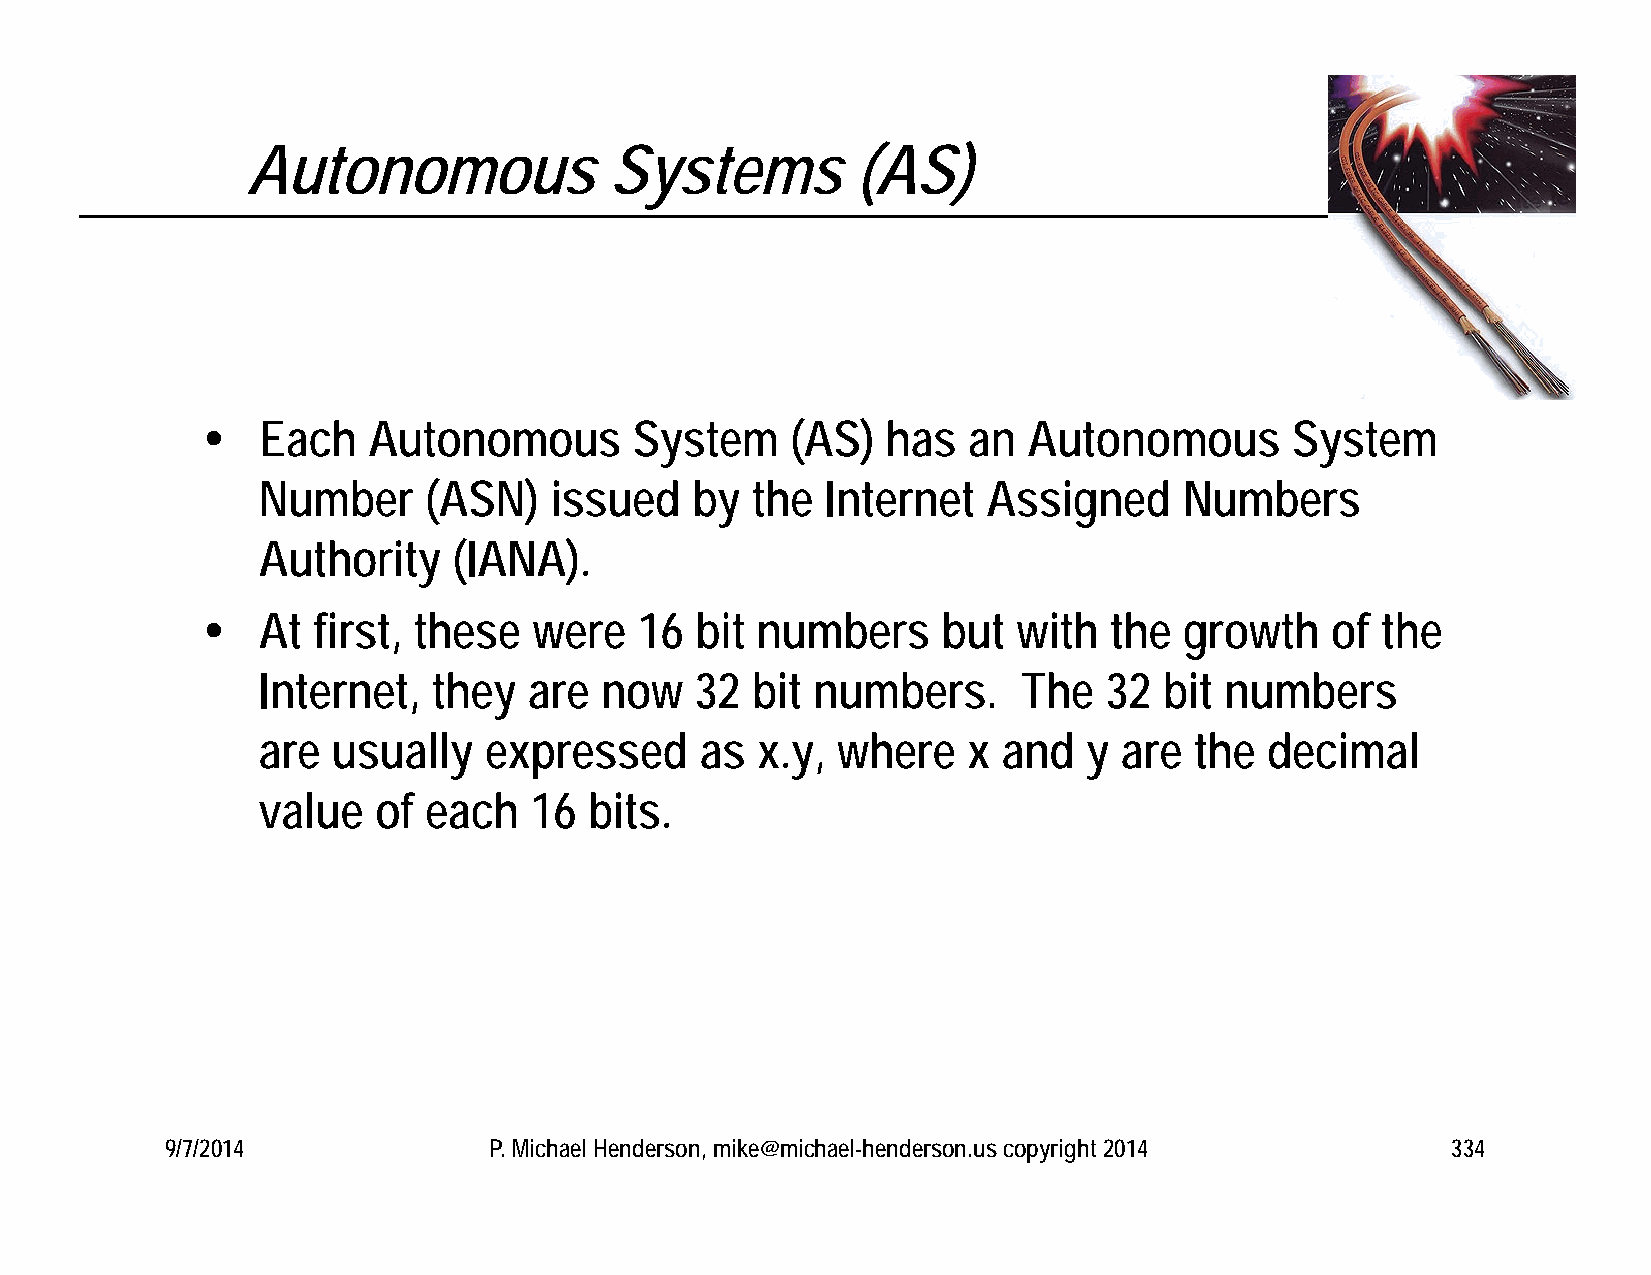
Autonomous              Systems          (AS)
    Each   Autonomous        System    (AS)   has  an  Autonomous       System
 Number     (ASN)   issued    by  the  Internet  Assigned     Numbers
 Authority    (IANA).
    At  first, these  were   16  bit numbers     but  with  the  growth    of the
 Internet,   they  are  now   32  bit numbers.      The  32  bit numbers
 are  usually   expressed     as  x.y, where    x and   y are  the  decimal
 value   of each   16  bits.
 9/7/2014             P. Michael Henderson, mike@michael-henderson.us copyright 2014  334